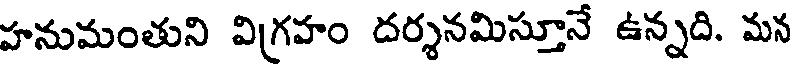
హనుమంతుని విగ్రహం దర్శనమిస్తూనే ఉన్నది. మన